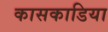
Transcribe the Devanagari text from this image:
कासकाडिया